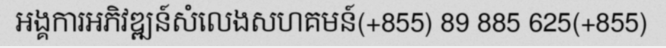
អង្គការអភិវឌ្ឍន៍សំលេងសហគមន៍(+855) 89 885 625(+855)